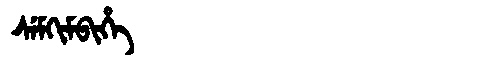
Manchu: ᠰᡝᠮᡴᡳᠮᠪᡳᡥᡝ
Romanization: SEMKIMBIHE